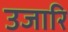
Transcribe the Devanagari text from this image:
उजारि